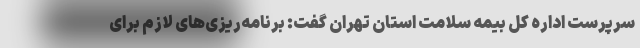
سرپرست اداره کل بیمه سلامت استان تهران گفت: برنامه‌ریزی‌های لازم برای